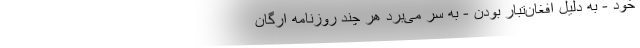
خود - به دلیل افغان‌تبار بودن - به سر می‌برد هر چند روزنامه ارگان